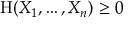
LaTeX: \mathrm { H } ( X _ { 1 } , \ldots , X _ { n } ) \geq 0